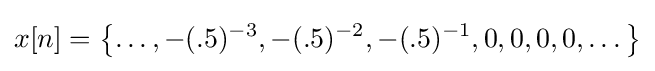
x[n]=\left\{\dots ,-(.5)^{-3},-(.5)^{-2},-(.5)^{-1},0,0,0,0,\dots \right\}